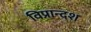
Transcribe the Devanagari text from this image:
विप्रान्दश